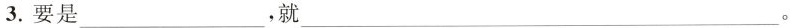
3.要是___，就___。